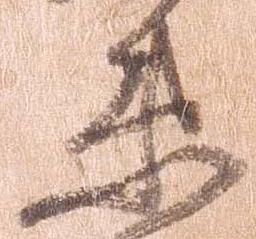
衛